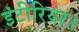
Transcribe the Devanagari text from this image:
इंटीरियर।